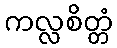
ကလ္လစိတ္တံ